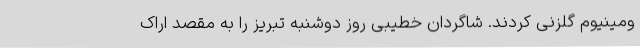
ومینیوم گلزنی کردند. شاگردان خطیبی روز دوشنبه تبریز را به مقصد اراک